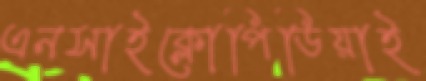
এনসাইক্লোপিডিয়াই